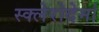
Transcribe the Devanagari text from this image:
स्क्लेरोदेर्मा